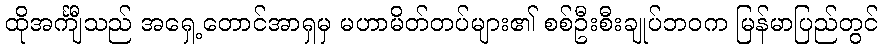
ထိုအင်္ကျီသည် အရှေ့တောင်အာရှမှ မဟာမိတ်တပ်များ၏ စစ်ဦးစီးချုပ်ဘဝက မြန်မာပြည်တွင်